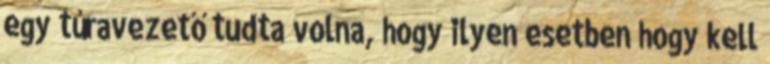
egy túravezető tudta volna, hogy ilyen esetben hogy kell